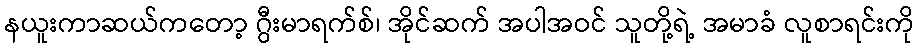
နယူးကာဆယ်ကတော့ ဂွီးမာရက်စ်၊ အိုင်ဆက် အပါအဝင် သူတို့ရဲ့ အမာခံ လူစာရင်းကို